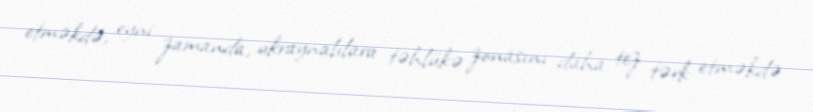
etməkdə, eyni zamanda, ukraynalılara təhlükə zonasını daha tez tərk etməkdə